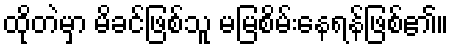
ထိုတဲမှာ မိခင်ဖြစ်သူ မမြစိမ်းနေရန်ဖြစ်၏။